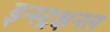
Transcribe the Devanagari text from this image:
इन्स्ट्रक्षनल